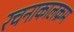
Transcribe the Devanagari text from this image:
रचनाकालक्रम